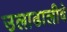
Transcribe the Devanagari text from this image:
उलाढालीवे